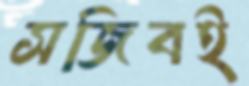
সজিবই